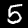
Digit: 5